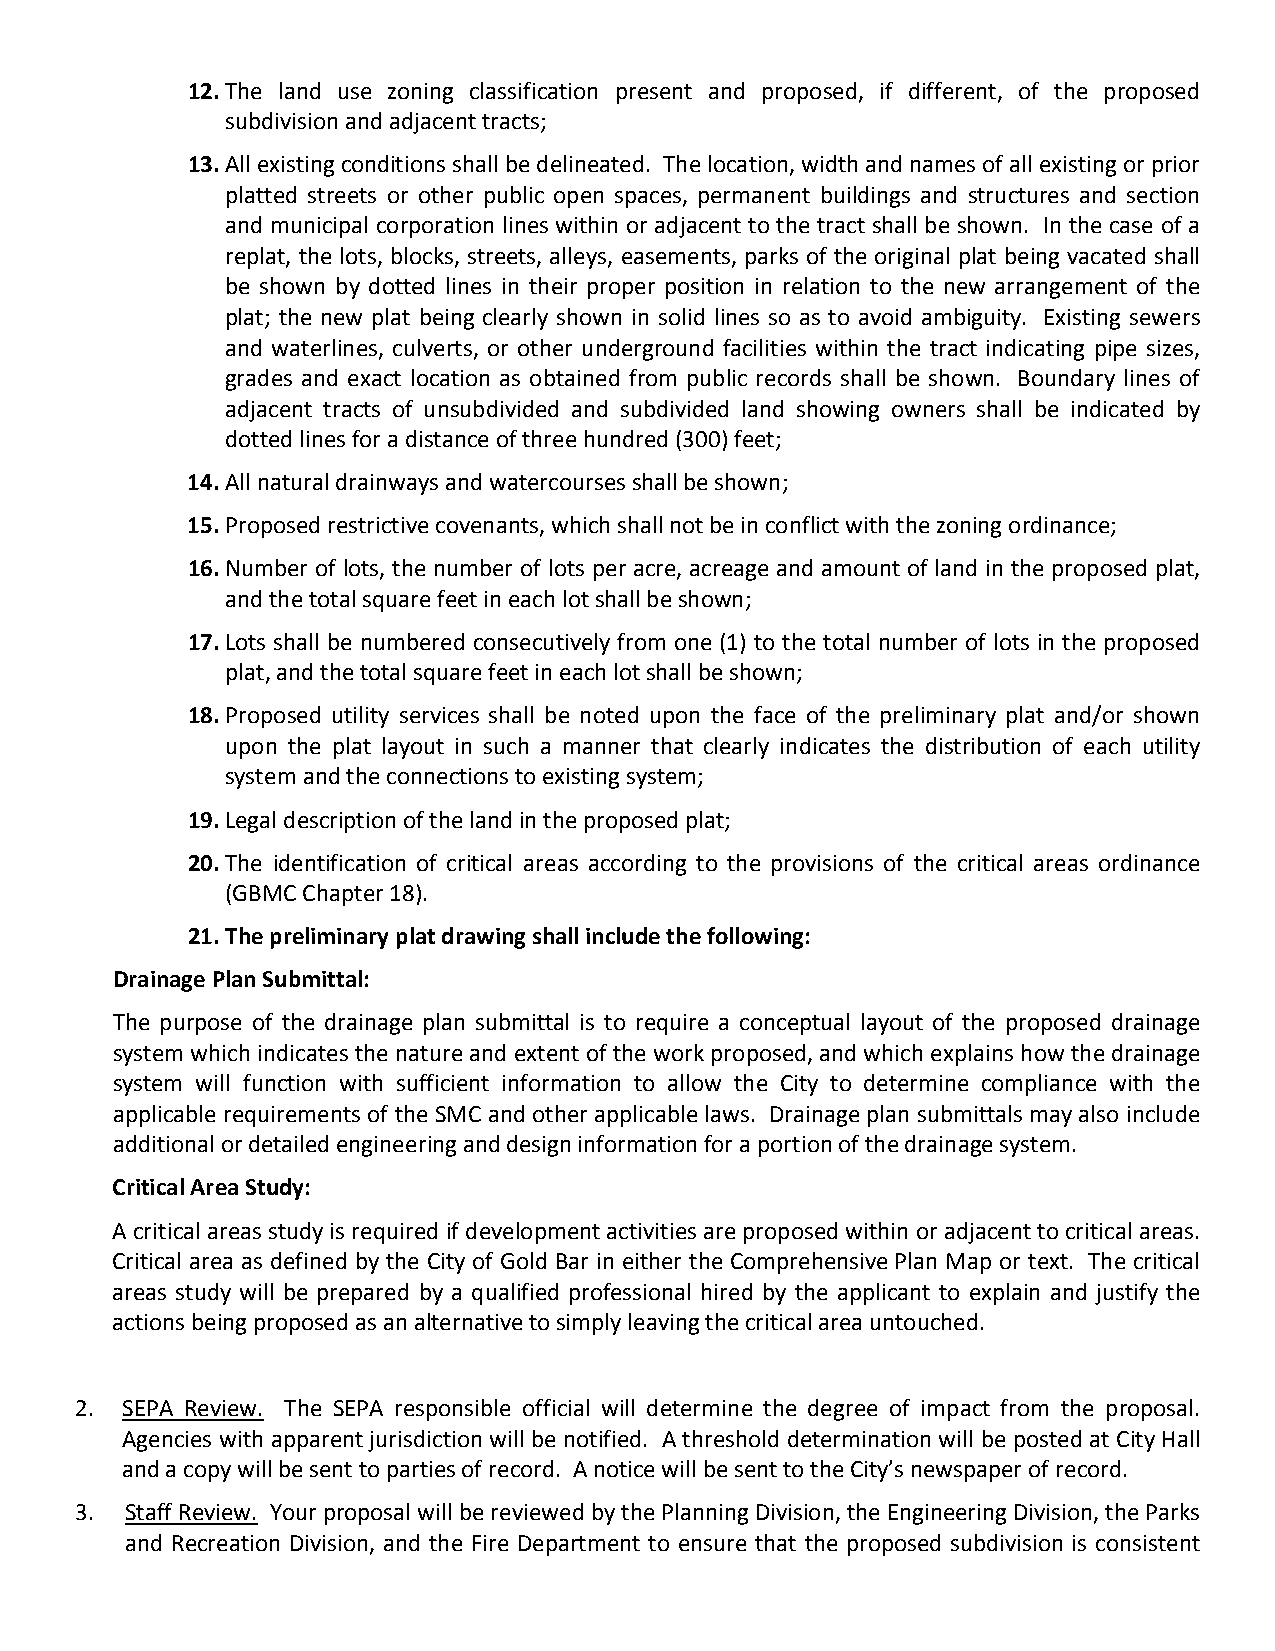
12. The land use zoning classification present and proposed, if different, of the proposed
 subdivision and adjacent tracts;
 13. All existing conditions shall be delineated. The location, width and names of all existing or prior
 platted streets or other public open spaces, permanent buildings and structures and section
 and municipal corporation lines within or adjacent to the tract shall be shown. In the case of a
 replat, the lots, blocks, streets, alleys, easements, parks of the original plat being vacated shall
 be shown by dotted lines in their proper position in relation to the new arrangement of the
 plat; the new plat being clearly shown in solid lines so as to avoid ambiguity. Existing sewers
 and waterlines, culverts, or other underground facilities within the tract indicating pipe sizes,
 grades and exact location as obtained from public records shall be shown. Boundary lines of
 adjacent tracts of unsubdivided and subdivided land showing owners shall be indicated by
 dotted lines for a distance of three hundred (300) feet;
 14. All natural drainways and watercourses shall be shown;
 15. Proposed restrictive covenants, which shall not be in conflict with the zoning ordinance;
 16. Number of lots, the number of lots per acre, acreage and amount of land in the proposed plat,
 and the total square feet in each lot shall be shown;
 17. Lots shall be numbered consecutively from one (1) to the total number of lots in the proposed
 plat, and the total square feet in each lot shall be shown;
 18. Proposed utility services shall be noted upon the face of the preliminary plat and/or shown
 upon the plat layout in such a manner that clearly indicates the distribution of each utility
 system and the connections to existing system;
 19. Legal description of the land in the proposed plat;
 20. The identification of critical areas according to the provisions of the critical areas ordinance
 (GBMC Chapter 18).
 21. The preliminary plat drawing shall include the following:
 Drainage Plan Submittal:
 The purpose of the drainage plan submittal is to require a conceptual layout of the proposed drainage
 system which indicates the nature and extent of the work proposed, and which explains how the drainage
 system will function with sufficient information to allow the City to determine compliance with the
 applicable requirements of the SMC and other applicable laws. Drainage plan submittals may also include
 additional or detailed engineering and design information for a portion of the drainage system.
 Critical Area Study:
 A critical areas study is required if development activities are proposed within or adjacent to critical areas.
 Critical area as defined by the City of Gold Bar in either the Comprehensive Plan Map or text. The critical
 areas study will be prepared by a qualified professional hired by the applicant to explain and justify the
 actions being proposed as an alternative to simply leaving the critical area untouched.
 2. SEPA Review. The SEPA responsible official will determine the degree of impact from the proposal.
 Agencies with apparent jurisdiction will be notified. A threshold determination will be posted at City Hall
 and a copy will be sent to parties of record. A notice will be sent to the City’s newspaper of record.
 3. Staff Review. Your proposal will be reviewed by the Planning Division, the Engineering Division, the Parks
 and Recreation Division, and the Fire Department to ensure that the proposed subdivision is consistent